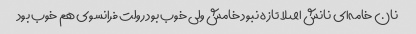
نان خامه‌ای نانش اصلا تازه نبود خامش ولی خوب بود رولت فرانسوی هم خوب بود